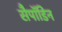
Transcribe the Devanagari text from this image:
सैपॉडिन